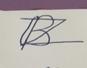
Signature authenticity: forged